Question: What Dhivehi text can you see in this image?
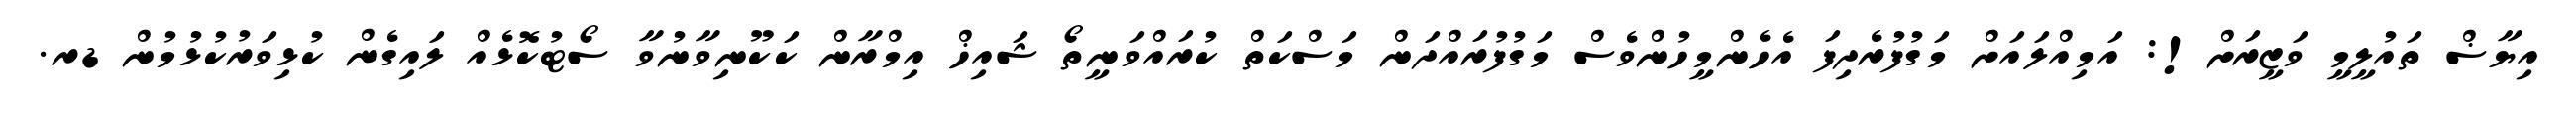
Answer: އިޔާޟް ތައުލީމީ ވަޒީރަށް!: އަމިއްލައަށް މަގުފުރެދިފަ އެހެންމީހުންވެސް މަގުފުރައްދަން މަސްކަތް ކުރައްވަނީތޯ ޝައިޚް އިމްރާން ކަކޫނިވާނުވާ ސޯޓުކޮޅެއް ލައިގެން ކުޅިވަރުކުޅުމުން ޑރ.